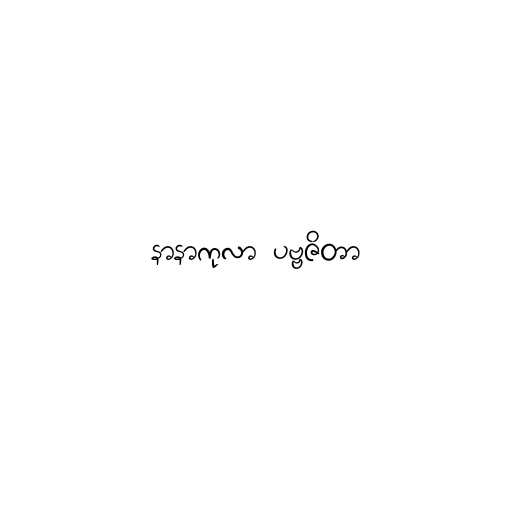
နာနာကုလာ ပဗ္ဗဇိတာ